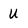
Character: U